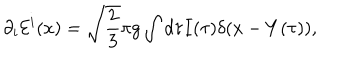
LaTeX: \partial _ { i } { \cal E } ^ { i } ( x ) = \sqrt { \frac { 2 } { 3 } } \pi g \int d \tau I ( \tau ) \delta ( x - Y ( \tau ) ) ,